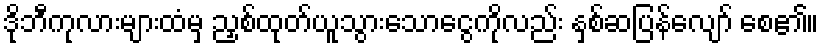
ဒိုဘီကုလားများထံမှ ညှစ်ထုတ်ယူသွားသောငွေကိုလည်း နှစ်ဆပြန်လျော် စေ၏။